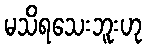
မသိရသေးဘူးဟု